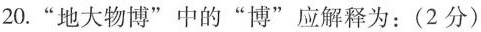
20.”地大物博”中的”博”应解释为：（2分）